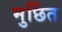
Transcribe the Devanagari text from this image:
मुर्छित